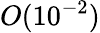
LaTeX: O(10^{-2})